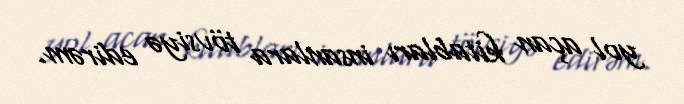
yol açan kitabları insanlara tövsiyə edirəm.